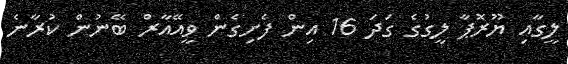
ލީގާއި ޔޫރޮޕާ ލީގުގެ ގަދަ 16 އިން ފެށިގެން ވީއޭއާރް ބޭނުން ކުރާނެ